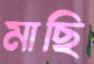
মাছি